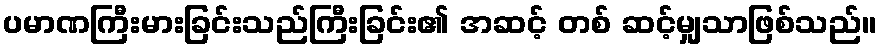
ပမာဏကြီးမားခြင်းသည်ကြီးခြင်း၏ အဆင့် တစ် ဆင့်မျှသာဖြစ်သည်။